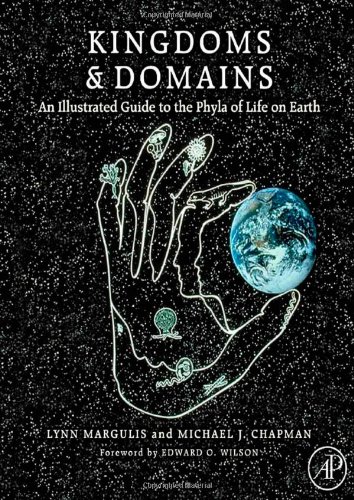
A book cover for Kingdoms and Domains: An Illustrated Guide to the Phyla of Life on Earth, 4th edition; Lynn Margulis; Science & Math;